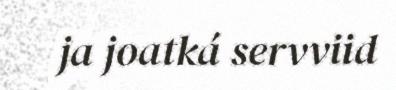
ja joatká servviid